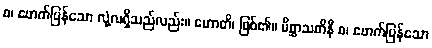
စ၊ ဖောက်ပြန်သော လုံ့လရှိသည်လည်း။ ဟောတိ၊ ဖြစ်၏။ မိစ္ဆာသတိနီ စ၊ ဖောက်ပြန်သော